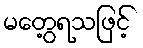
မတွေ့ရသဖြင့်